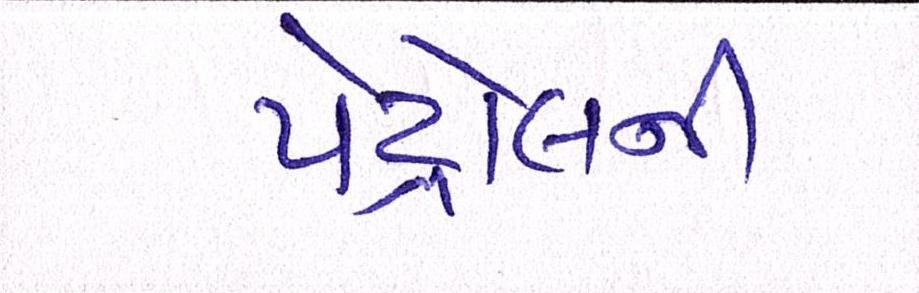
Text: પેટ્રોલની